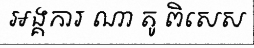
អង្គការ ណា តូ ពិសេស